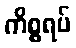
ကိစ္စရပ်